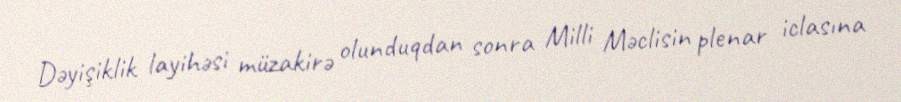
Dəyişiklik layihəsi müzakirə olunduqdan sonra Milli Məclisin plenar iclasına